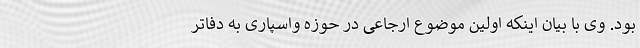
بود. وی با بیان اینکه اولین موضوع ارجاعی در حوزه واسپاری به دفاتر